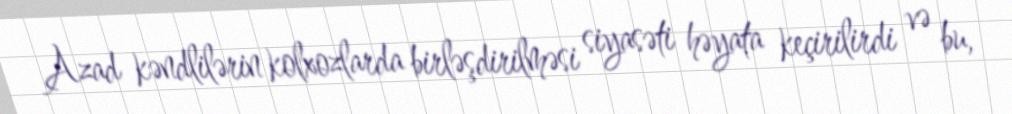
Azad kəndlilərin kolxozlarda birləşdirilməsi siyasəti həyata keçirilirdi və bu,